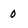
Character: 0